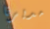
مديرنا